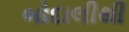
બોદાલીથી